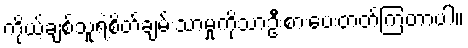
ကိုယ့်ချစ်သူရဲ့စိတ်ချမ်းသာမှုကိုသာဦးစားပေးတတ်ကြတာပါ။